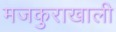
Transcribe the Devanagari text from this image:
मजकुराखाली